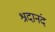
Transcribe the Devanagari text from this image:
श्रदानंद